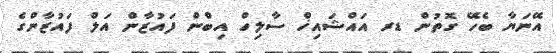
އޭނަޔާ ބެހޭ ގޮތުން ޑރ އައްޝައިޚް ސާލިހް އިބްން ފައުޒާން އަލް ފައުޒާންގެ